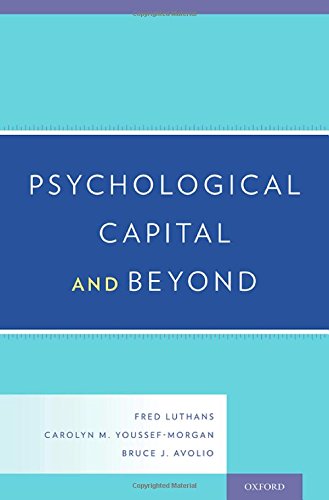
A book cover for Psychological Capital and Beyond; Fred Luthans; Medical Books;